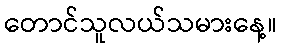
တောင်သူလယ်သမားနေ့။